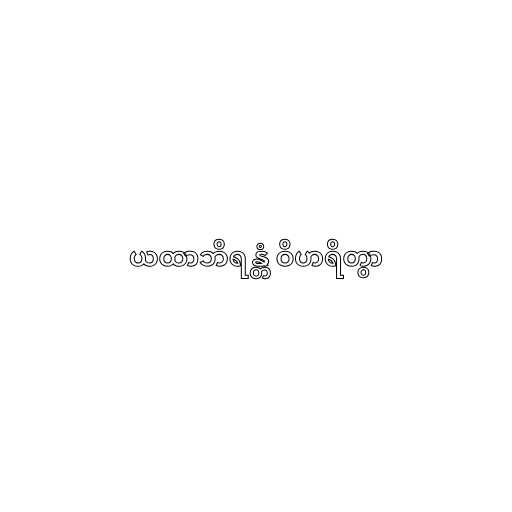
ယထာဘိရန္တံ ဝိဟရိတွာ